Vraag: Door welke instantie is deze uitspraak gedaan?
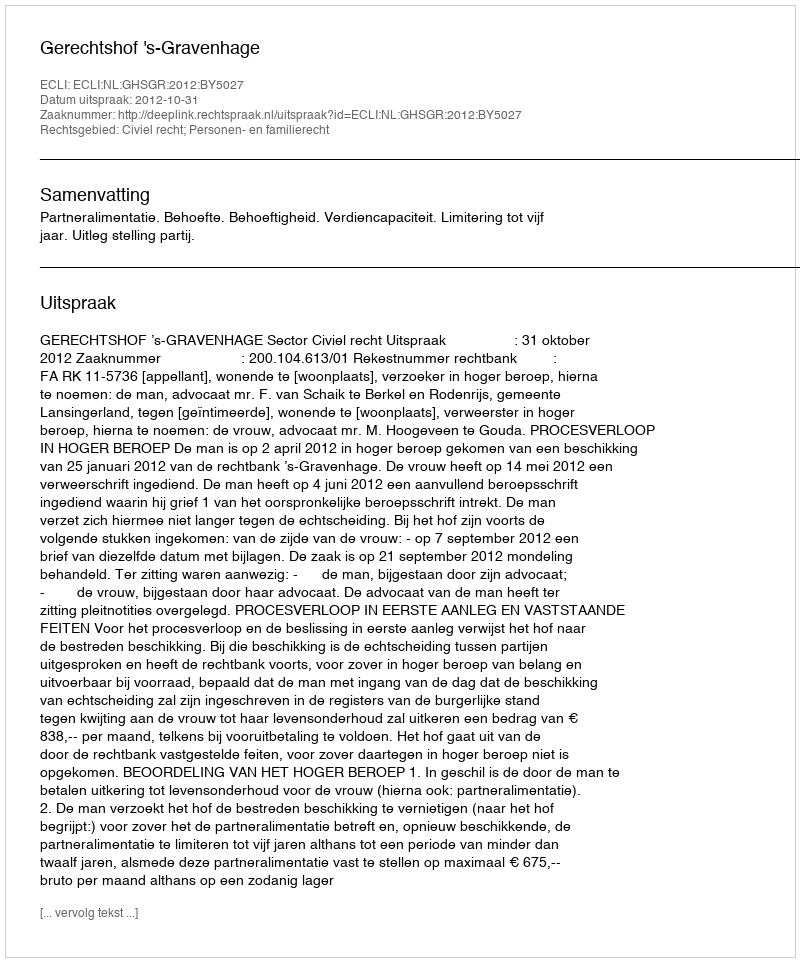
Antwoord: Gerechtshof 's-Gravenhage